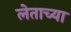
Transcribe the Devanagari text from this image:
लेताच्या